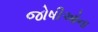
જોષીઓના